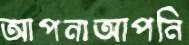
আপনাআপনি